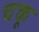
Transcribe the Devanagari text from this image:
चकू